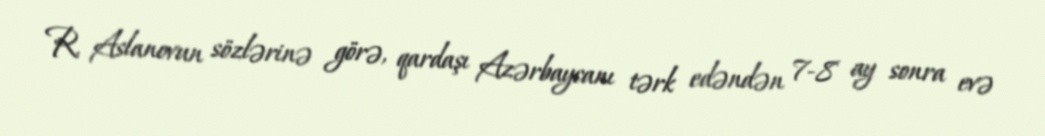
R. Aslanovun sözlərinə görə, qardaşı Azərbaycanı tərk edəndən 7-8 ay sonra evə